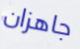
جاهزان